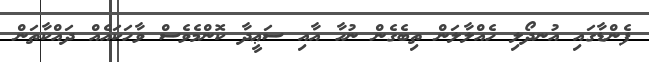
ފެންޑާގައި އުނދޯލި ހެއްލާލަން ތިބެގެން ނުހާ އާއި ސަޢީދާ ކޮންމެވެސް ވާހަކައެއް ދައްކާތަން